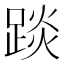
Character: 𨁹